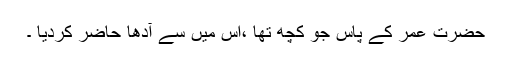
حضرت عمرؓ کے پاس جو کچھ تھا ،اس میں سے آدھا حاضر کردیا ۔